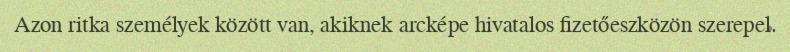
Azon ritka személyek között van, akiknek arcképe hivatalos fizetőeszközön szerepel.